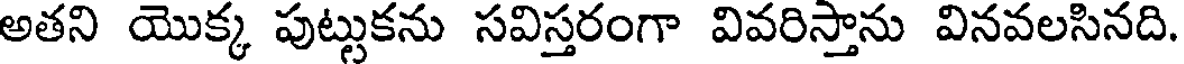
అతని యొక్క పుట్టుకను సవిస్తరంగా వివరిస్తాను వినవలసినది